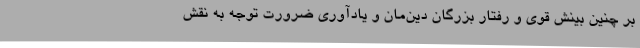
بر چنین بینش قوی و رفتار بزرگان دین‌مان و یادآوری ضرورت توجه به نقش